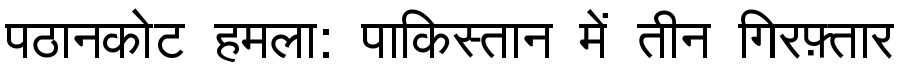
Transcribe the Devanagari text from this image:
पठानकोट हमला: पाकिस्तान में तीन गिरफ़्तार